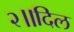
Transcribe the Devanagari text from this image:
२॥दिल